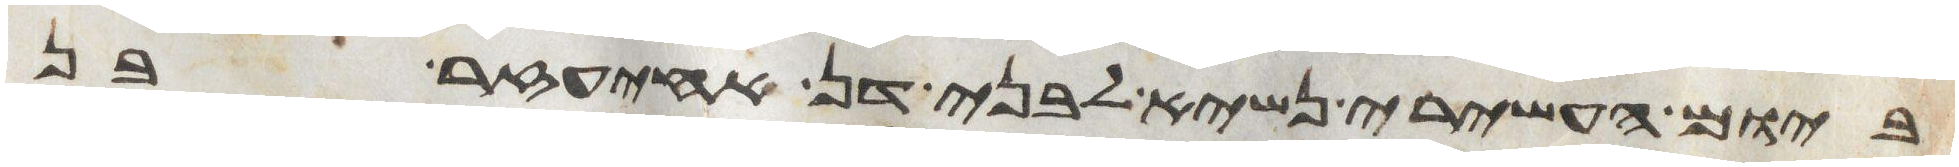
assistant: ביום העשירי נשיא לבני דן אחיעזר בן